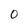
Character: 0